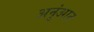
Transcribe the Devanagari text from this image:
अनुंआन